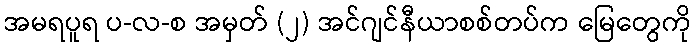
အမရပူရ ပ-လ-စ အမှတ် (၂) အင်ဂျင်နီယာစစ်တပ်က မြေတွေကို